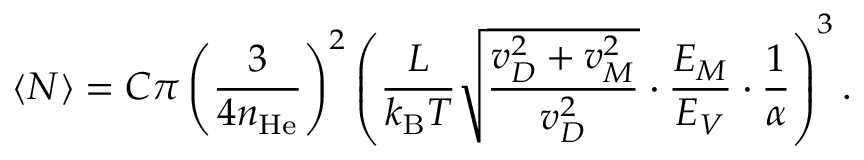
\langle N \rangle = C \pi \left( \frac { 3 } { 4 n _ { \mathrm { H e } } } \right) ^ { 2 } \left( \frac { L } { k _ { \mathrm { B } } T } \sqrt { \frac { v _ { D } ^ { 2 } + v _ { M } ^ { 2 } } { v _ { D } ^ { 2 } } } \cdot \frac { E _ { M } } { E _ { V } } \cdot \frac { 1 } { \alpha } \right) ^ { 3 } .